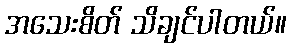
အသေးစိတ် သိချင်ပါတယ်။